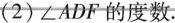
(2) ∠ADF 的度数。